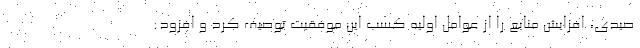
صیدی، افزایش منابع را از عوامل اولیه کسب این موفقیت توصیف کرد و افزود: